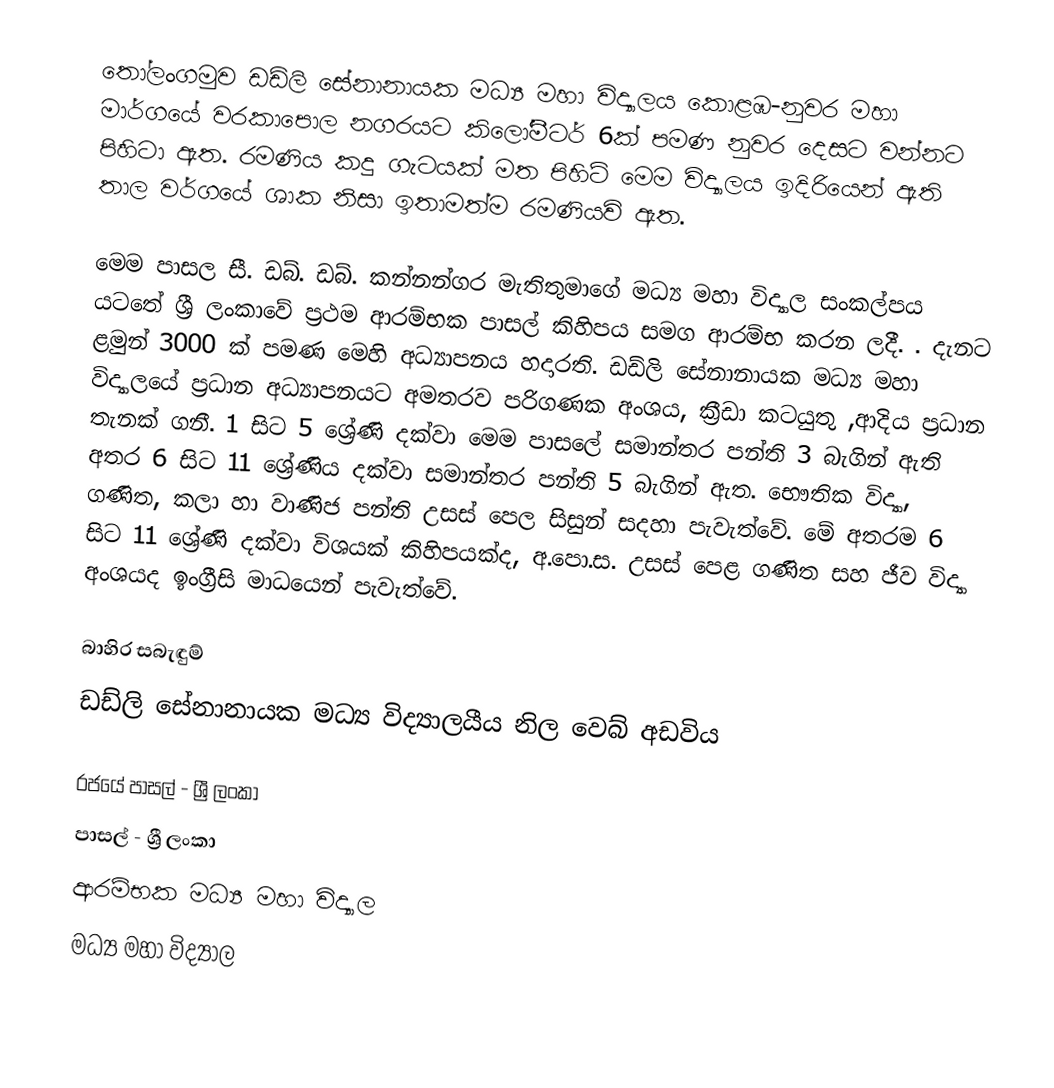
තෝලංගමුව ඩඩ්ලි සේනානායක මධ්‍ය මහා විද්‍යාලය කොළඹ-නුවර මහා මාර්ගයේ වරකාපොල නගරයට කිලෝමීටර් 6ක් පමණ නුවර දෙසට වන්නට පිහිටා ඇත. රමණිය කදු ගැටයක් මත පිහිටි මෙම විද්‍යාලය ඉදිරියෙන් ඇති තාල වර්ගයේ ශාක නිසා ඉතාමත්ම රමණියවි ඇත.

මෙම පාසල සී. ඩබ්. ඩබ්. කන්නන්ගර මැතිතුමාගේ මධ්‍ය මහා විද්‍යාල සංකල්පය යටතේ ශ්‍රී ලංකාවේ ප්‍රථම ආරම්භක  පාසල් කිහිපය සමග ආරම්භ කරන ලදී. . දැනට ළමුන් 3000 ක් පමණ  මෙහි අධ්‍යාපනය හදාරති. ඩඩ්ලි සේනානායක මධ්‍ය මහා විද්‍යාලයේ ප්‍රධාන අධ්‍යාපනයට අමතරව පරිගණක අංශය, ක්‍රීඩා කටයුතු ,ආදිය ප්‍රධාන තැනක් ගනී. 1 සිට 5 ශ්‍රේණි දක්වා මෙම පාසලේ  සමාන්තර පන්ති 3 බැගින්  ඇති අතර  6 සිට 11 ශ්‍රේණිය දක්වා සමාන්තර පන්ති 5 බැගින් ඇත. භෞතික විද්‍යා, ගණිත, කලා හා වාණිජ පන්ති උසස් පෙල සිසුන් සදහා පැවැත්වේ. මේ අතරම 6 සිට 11 ශ්‍රේණි දක්වා විශයක් කිහිපයක්ද, අ.පො.ස. උසස් පෙළ ගණිත සහ ජීව විද්‍යා අංශයද ඉංග්‍රීසි මාධයෙන් පැවැත්වේ.

බාහිර සබැඳුම්
ඩඩ්ලි සේනානායක මධ්‍ය විද්‍යාලයීය නිල වෙබ් අඩවිය

රජයේ පාසල් - ශ්‍රී ලංකා
පාසල් - ශ්‍රී ලංකා
ආරම්භක මධ්‍ය මහා විද්‍යාල
මධ්‍ය මහා විද්‍යාල